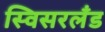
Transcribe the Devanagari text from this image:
स्विसरलँड